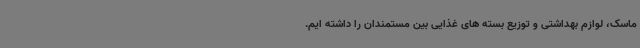
ماسک، لوازم بهداشتی و توزیع بسته های غذایی بین مستمندان را داشته ایم.